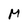
Character: M